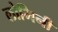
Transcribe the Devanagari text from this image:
लोभिनी